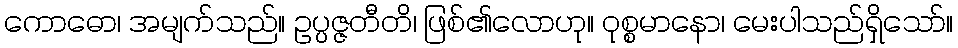
ကောဓော၊ အမျက်သည်။ ဥပ္ပဇ္ဇတီတိ၊ ဖြစ်၏လောဟု။ ဝုစ္စမာနော၊ မေးပါသည်ရှိသော်။